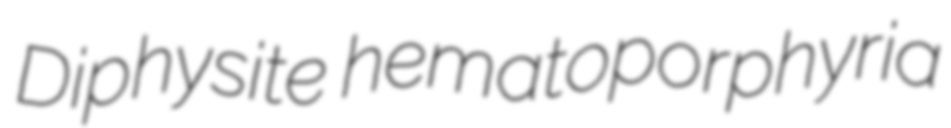
Diphysite hematoporphyria